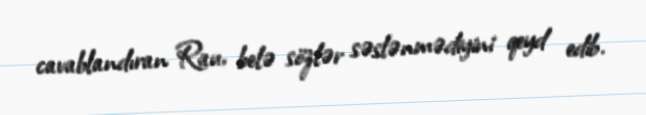
cavablandıran Rau, belə sözlər səslənmədiyini qeyd edib.